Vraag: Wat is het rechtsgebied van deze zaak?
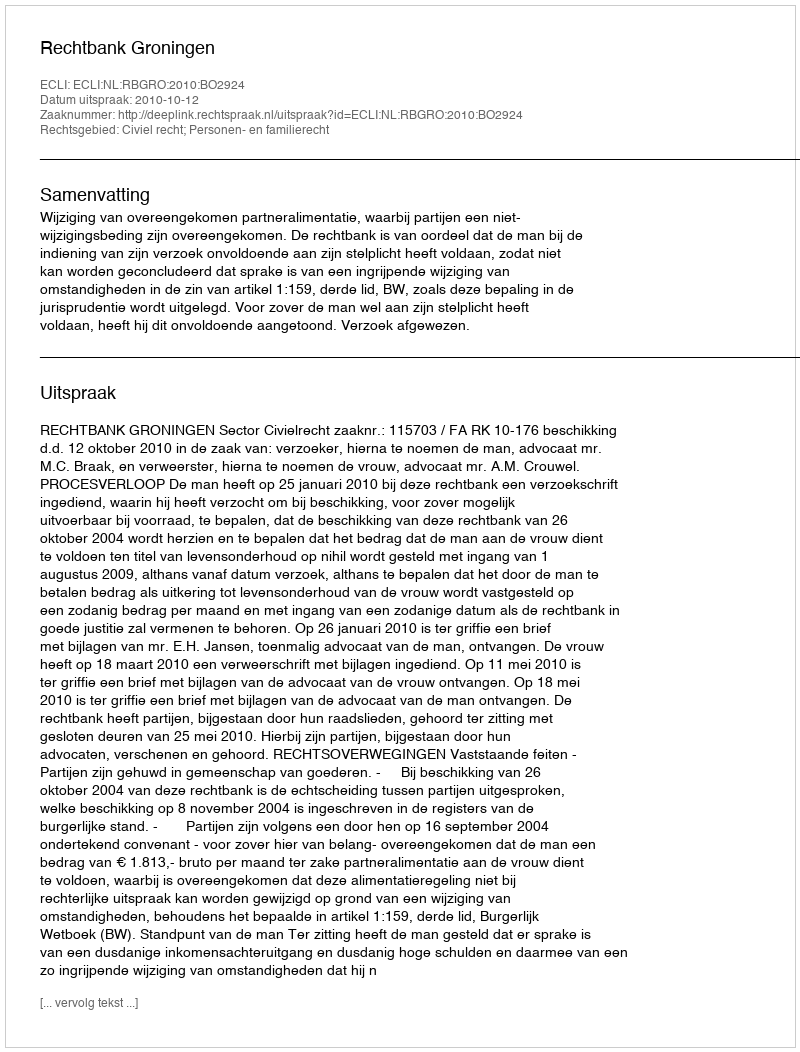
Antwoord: Civiel recht; Personen- en familierecht